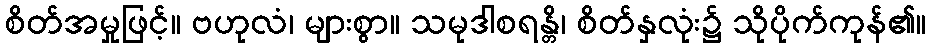
စိတ်အမှုဖြင့်။ ဗဟုလံ၊ များစွာ။ သမုဒါစရန္တိ၊ စိတ်နှလုံး၌ သိုပိုက်ကုန်၏။